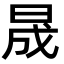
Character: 晟